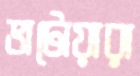
ভাটোয়ারা